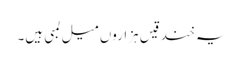
یہ خندقیں ہزاروں میل لمبی ہیں۔